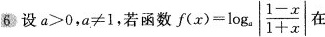
6.设$$a ＞ 0$$，$$a ≠ 1$$，若函数$$f ( x ) = \log _ { a } \left | \frac { 1 - x } { 1 + x } \right |$$在